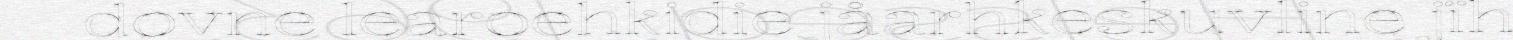
dovne learoehkidie jåarhkeskuvline jïh